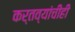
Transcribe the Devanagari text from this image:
कर्तव्यांचीही